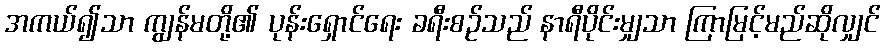
အကယ်၍သာ ကျွန်မတို့၏ ပုန်းရှောင်ရေး ခရီးစဉ်သည် နာရီပိုင်းမျှသာ ကြာမြင့်မည်ဆိုလျှင်